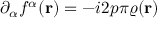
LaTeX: \partial _ { \alpha } f ^ { \alpha } ( { \bf r } ) = - i 2 p \pi \varrho ( { \bf r } )